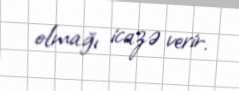
olmağı icazə verir.